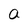
Character: a